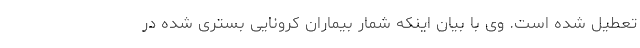
تعطیل شده است. وی با بیان اینکه شمار بیماران کرونایی بستری شده در